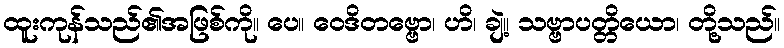
ထူးကုန်သည်၏အဖြစ်ကို။ ပေ။ ဝေဒိတဗ္ဗော၊ ဟိ၊ ချဲ့။ သဗ္ဗာပတ္တိယော၊ တို့သည်။